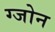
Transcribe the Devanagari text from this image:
ग्जोन